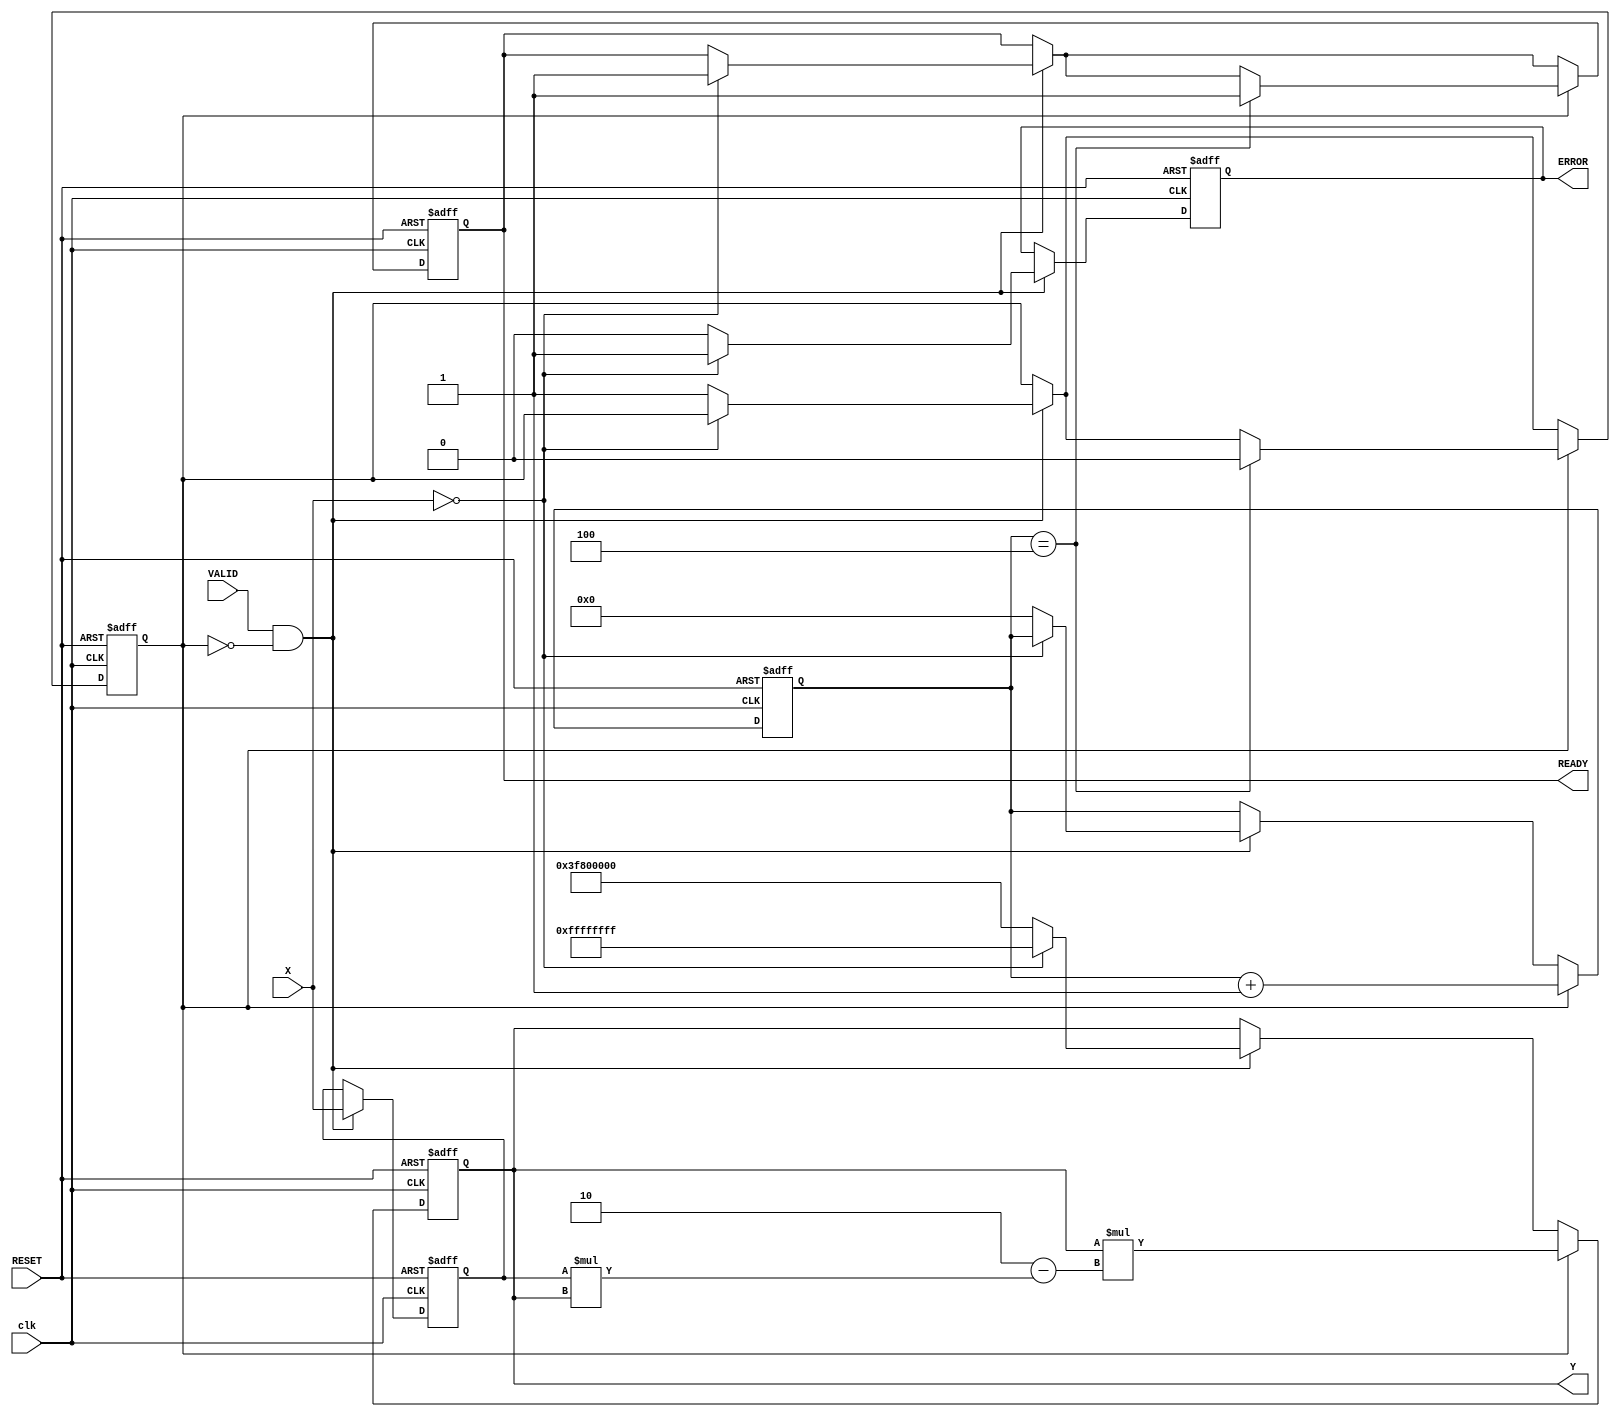
module reciprocal_unit #(
    parameter WIDTH = 32 // Width of input and output
)(
    input wire [WIDTH-1:0] X,      // Input data
    input wire VALID,                // Valid signal
    input wire RESET,                // Reset signal
    input wire clk,                  // Clock signal
    output reg [WIDTH-1:0] Y,       // Reciprocal output
    output reg READY,                // Ready signal
    output reg ERROR                 // Error signal
);

    reg [WIDTH-1:0] input_data;
    reg [3:0] iteration;
    reg computing;

    // Constants for Newton-Raphson, initial guess for 1/X
    localparam [WIDTH-1:0] INITIAL_GUESS = 32'h3F800000; // Initial guess for 1.0 in IEEE 754

    always @(posedge clk or posedge RESET) begin
        if (RESET) begin
            Y <= 0;
            READY <= 0;
            ERROR <= 0;
            input_data <= 0;
            iteration <= 0;
            computing <= 0;
        end else begin
            if (VALID && !computing) begin
                input_data <= X;
                if (X == 0) begin
                    ERROR <= 1; // Division by zero
                    Y <= 32'hFFFFFFFF; // Output error value (e.g., NaN)
                    READY <= 1;
                end else begin
                    ERROR <= 0;
                    Y <= INITIAL_GUESS; // Start with initial guess
                    iteration <= 0;
                    computing <= 1;
                end
            end

            if (computing) begin
                // Newton-Raphson iteration: Y(n+1) = Y(n) * (2 - X * Y(n))
                Y <= Y * (2 - input_data * Y);
                iteration <= iteration + 1;

                // Stop after a fixed number of iterations
                if (iteration == 4) begin
                    computing <= 0;
                    READY <= 1; // Output is ready
                end
            end
        end
    end

endmodule